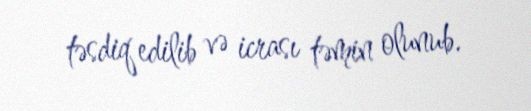
təsdiq edilib və icrası təmin olunub.